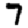
Digit: 7